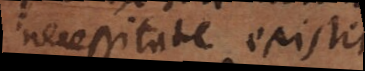
necessitate existit